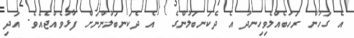
އެ ގަހުން ރަހަބެއްލެވިހިނދު އެ ދެކަނބަލުންގެ  އެ ދެކަނބަލުންނަށް ފާޅުވެއްޖެއެވެ. އަދި